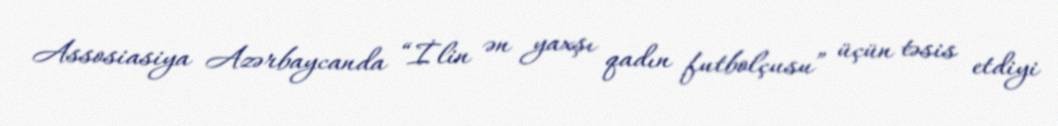
Assosiasiya Azərbaycanda “İlin ən yaxşı qadın futbolçusu” üçün təsis etdiyi